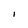
Character: l